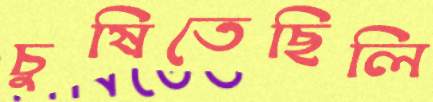
চুষিতেছিলি